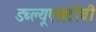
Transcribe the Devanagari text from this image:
डब्ल्यूएलटीवी